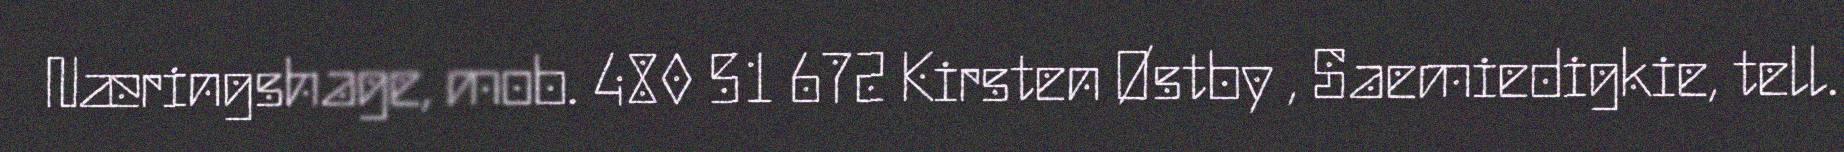
Næringshage, mob. 480 51 672 Kirsten Østby , Saemiedigkie, tell.